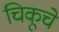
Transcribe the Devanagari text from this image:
चिकूचे